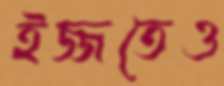
ইজ্জতেও